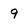
Character: 9